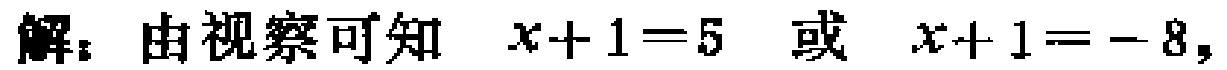
解：由视察可知 \(x + 1 = 5\) 或 \(x + 1 = - 8\)，